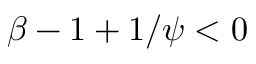
\beta - 1 + 1 / \psi < 0